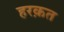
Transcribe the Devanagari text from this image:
हरक़त